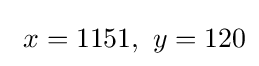
\ x=1151,\ y=120